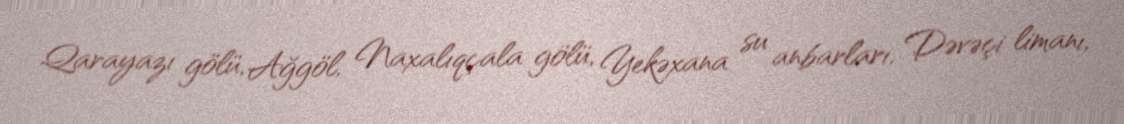
Qarayazı gölü, Ağgöl, Naxalıqçala gölü, Yekəxana su anbarları, Dəvəçi limanı,